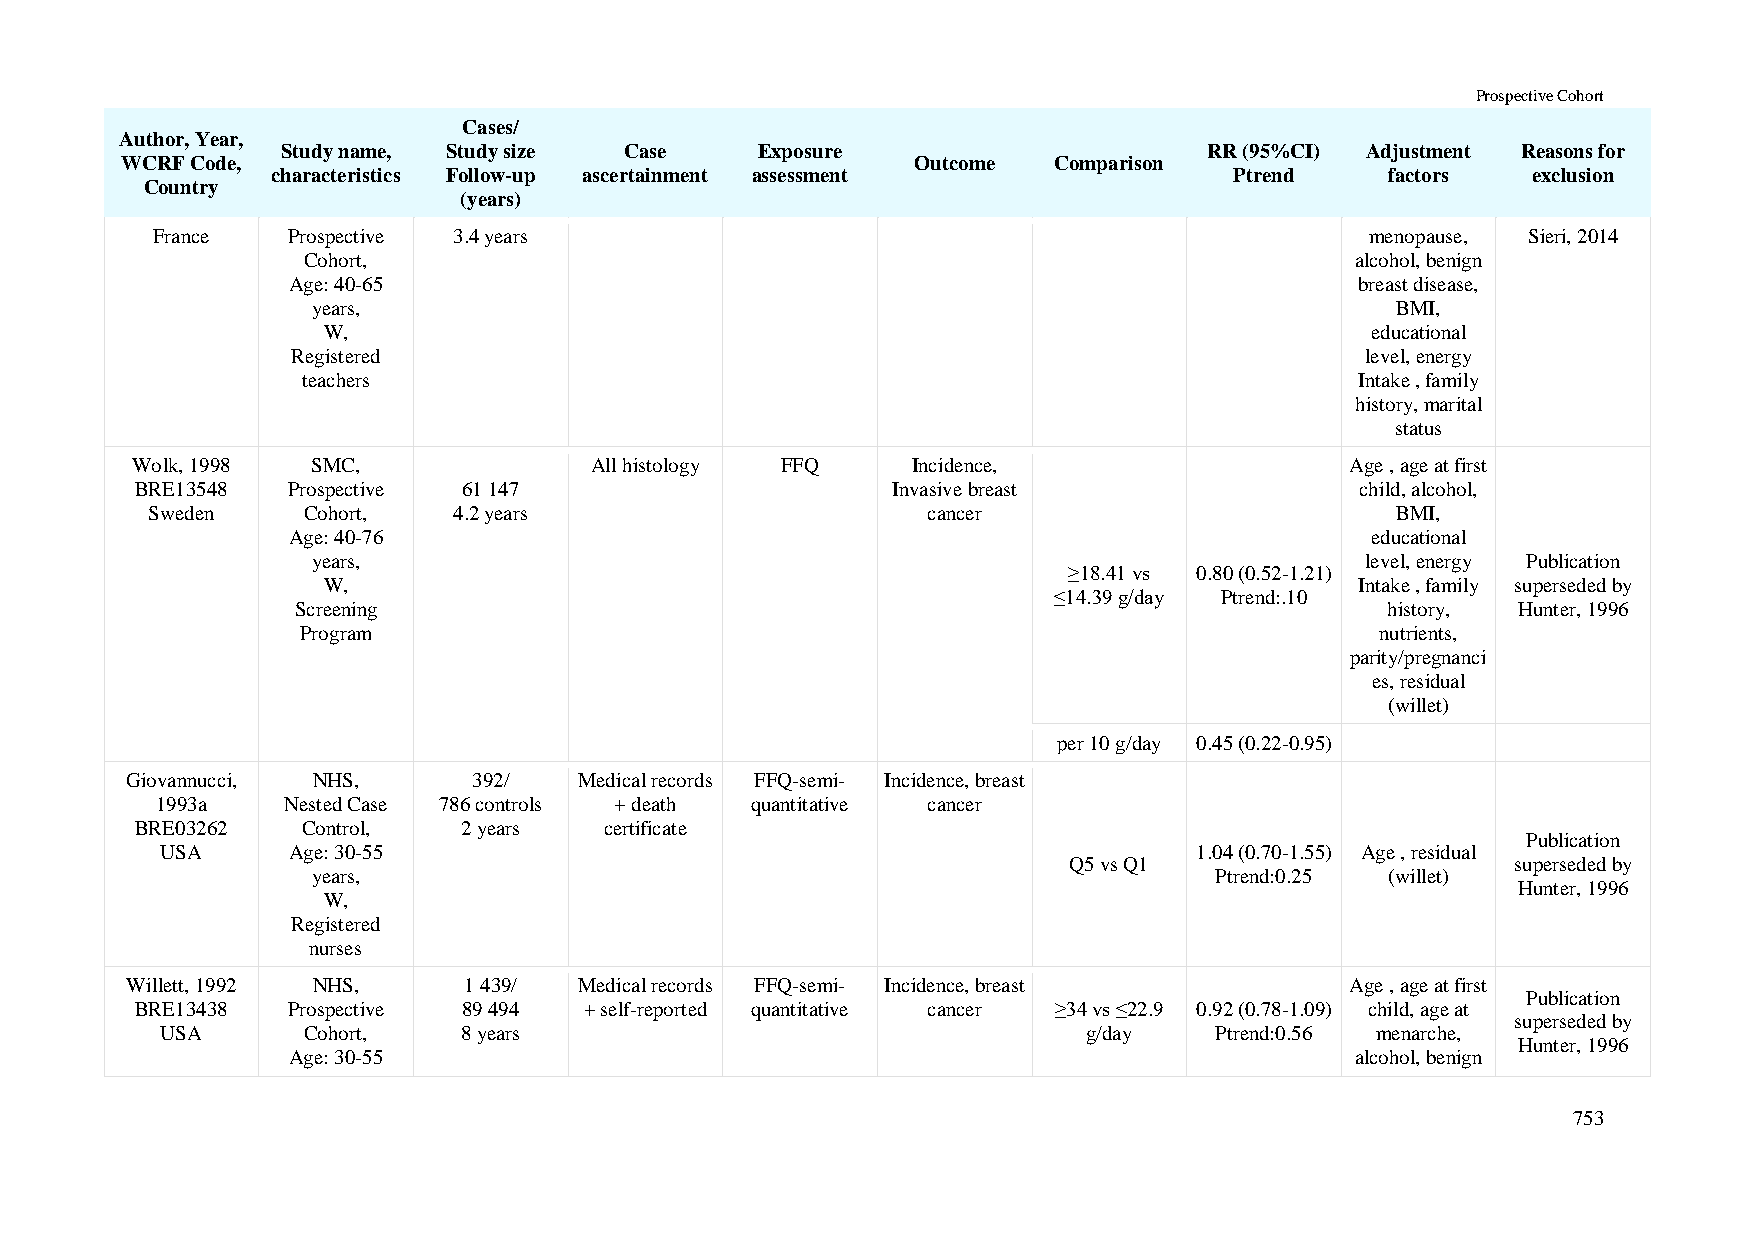
Prospective Cohort
 Cases/
 Author, Year,
 Study name, Study size Case    Exposure                      RR (95%CI) Adjustment Reasons for
 WCRF Code,                                           Outcome  Comparison
 characteristics Follow-up ascertainment assessment              Ptrend    factors  exclusion
 Country
 (years)
 France   Prospective 3.4 years                                                   menopause, Sieri, 2014
 Cohort,                                                               alcohol, benign
 Age: 40-65                                                             breast disease,
 years,                                                                 BMI,
 W,                                                                    educational
 Registered                                                             level, energy
 teachers                                                              Intake , family
 history, marital
 status
 Wolk, 1998  SMC,              All histology FFQ    Incidence,                   Age , age at first
 BRE13548  Prospective 61 147                      Invasive breast                child, alcohol,
 Sweden    Cohort,   4.2 years                      cancer                         BMI,
 Age: 40-76                                                              educational
 years,                                                               level, energy Publication
 ≥18.41 vs 0.80 (0.52-1.21)
 W,                                                                   Intake , family superseded by
 ≤14.39 g/day Ptrend:.10
 Screening                                                               history, Hunter, 1996
 Program                                                                nutrients,
 parity/pregnanci
 es, residual
 (willet)
 per 10 g/day 0.45 (0.22-0.95)
 Giovannucci, NHS,      392/   Medical records FFQ-semi- Incidence, breast
 1993a    Nested Case 786 controls + death quantitative cancer
 BRE03262   Control,   2 years  certificate
 Publication
 USA     Age: 30-55                                                  1.04 (0.70-1.55) Age , residual
 Q5 vs Q1                     superseded by
 years,                                                     Ptrend:0.25 (willet)
 Hunter, 1996
 W,
 Registered
 nurses
 Willett, 1992 NHS,     1 439/ Medical records FFQ-semi- Incidence, breast        Age , age at first
 Publication
 BRE13438  Prospective 89 494  + self-reported quantitative cancer ≥34 vs ≤22.9 0.92 (0.78-1.09) child, age at
 superseded by
 USA      Cohort,    8 years                                  g/day   Ptrend:0.56 menarche,
 Hunter, 1996
 Age: 30-55                                                             alcohol, benign
 753